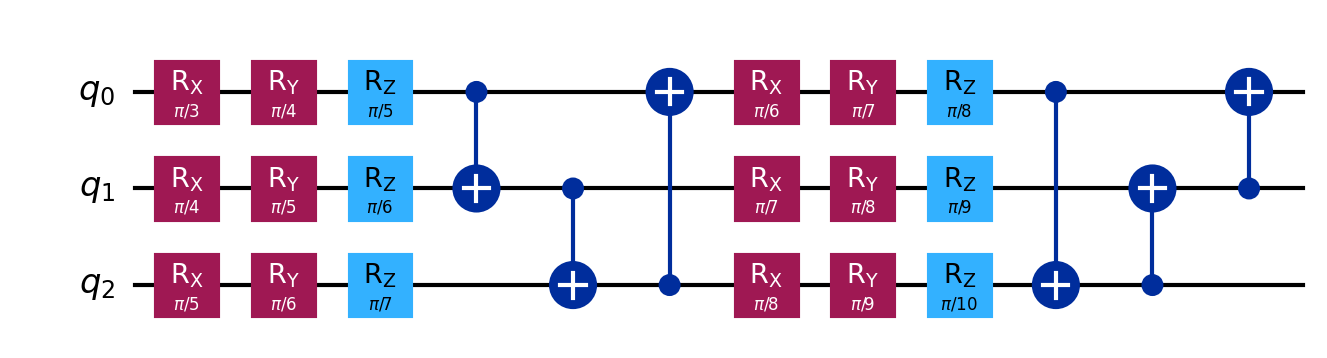
Description: Strongly entangling layers with long-range CNOTs
描述: 带长程CNOT的强纠缠层
Category: variational (difficulty: intermediate)
Qubits: 3, circuit depth: 12

Braket implementation:
import math
from braket.circuits import Circuit
circuit = Circuit()
for i in range(3):
    circuit.rx(i, math.pi / (i + 3))
    circuit.ry(i, math.pi / (i + 4))
    circuit.rz(i, math.pi / (i + 5))
circuit.cnot(0, 1).cnot(1, 2).cnot(2, 0)
for i in range(3):
    circuit.rx(i, math.pi / (i + 6))
    circuit.ry(i, math.pi / (i + 7))
    circuit.rz(i, math.pi / (i + 8))
circuit.cnot(0, 2).cnot(2, 1).cnot(1, 0)